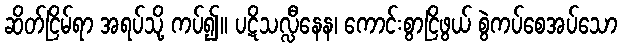
ဆိတ်ငြိမ်ရာ အရပ်သို့ ကပ်၍။ ပဋိသလ္လီနေန၊ ကောင်းစွာငြိဖွယ် စွဲကပ်စေအပ်သော